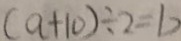
( a + 1 0 ) \div 2 = b